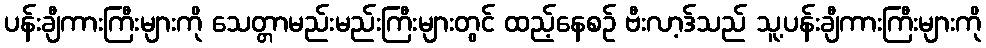
ပန်းချီကားကြီးများကို သေတ္တာမည်းမည်းကြီးများတွင် ထည့်နေစဉ် ဗီးလာ့ဒ်သည် သူ့ပန်းချီကားကြီးများကို